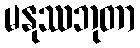
မနုဿဘုတာ